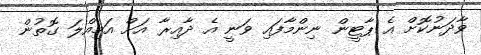
ވާދަނުކޮށް އެ ޕާޓީން ނިންމާފައި ވަނީ އެ ދާއިރާ އަށް އަމިއްލަ ގޮތުން